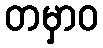
တမှာဝ